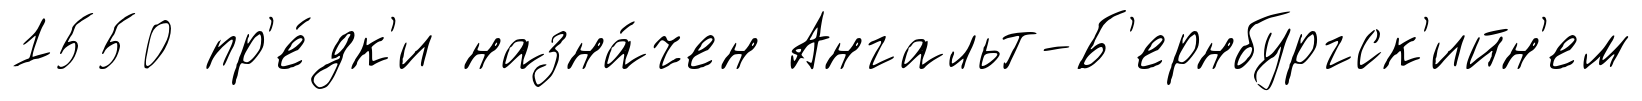
1550 пр'е́дк'и назна́чен Ангальт-Б'ернбургск'ийн'ем